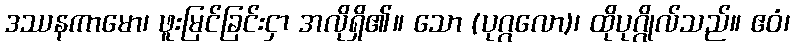
ဒဿနကာမော၊ ဖူးမြင်ခြင်းငှာ အလိုရှိ၏။ သော (ပုဂ္ဂလော)၊ ထိုပုဂ္ဂိုလ်သည်။ ဧဝံ၊